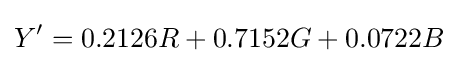
Y'=0.2126R+0.7152G+0.0722B